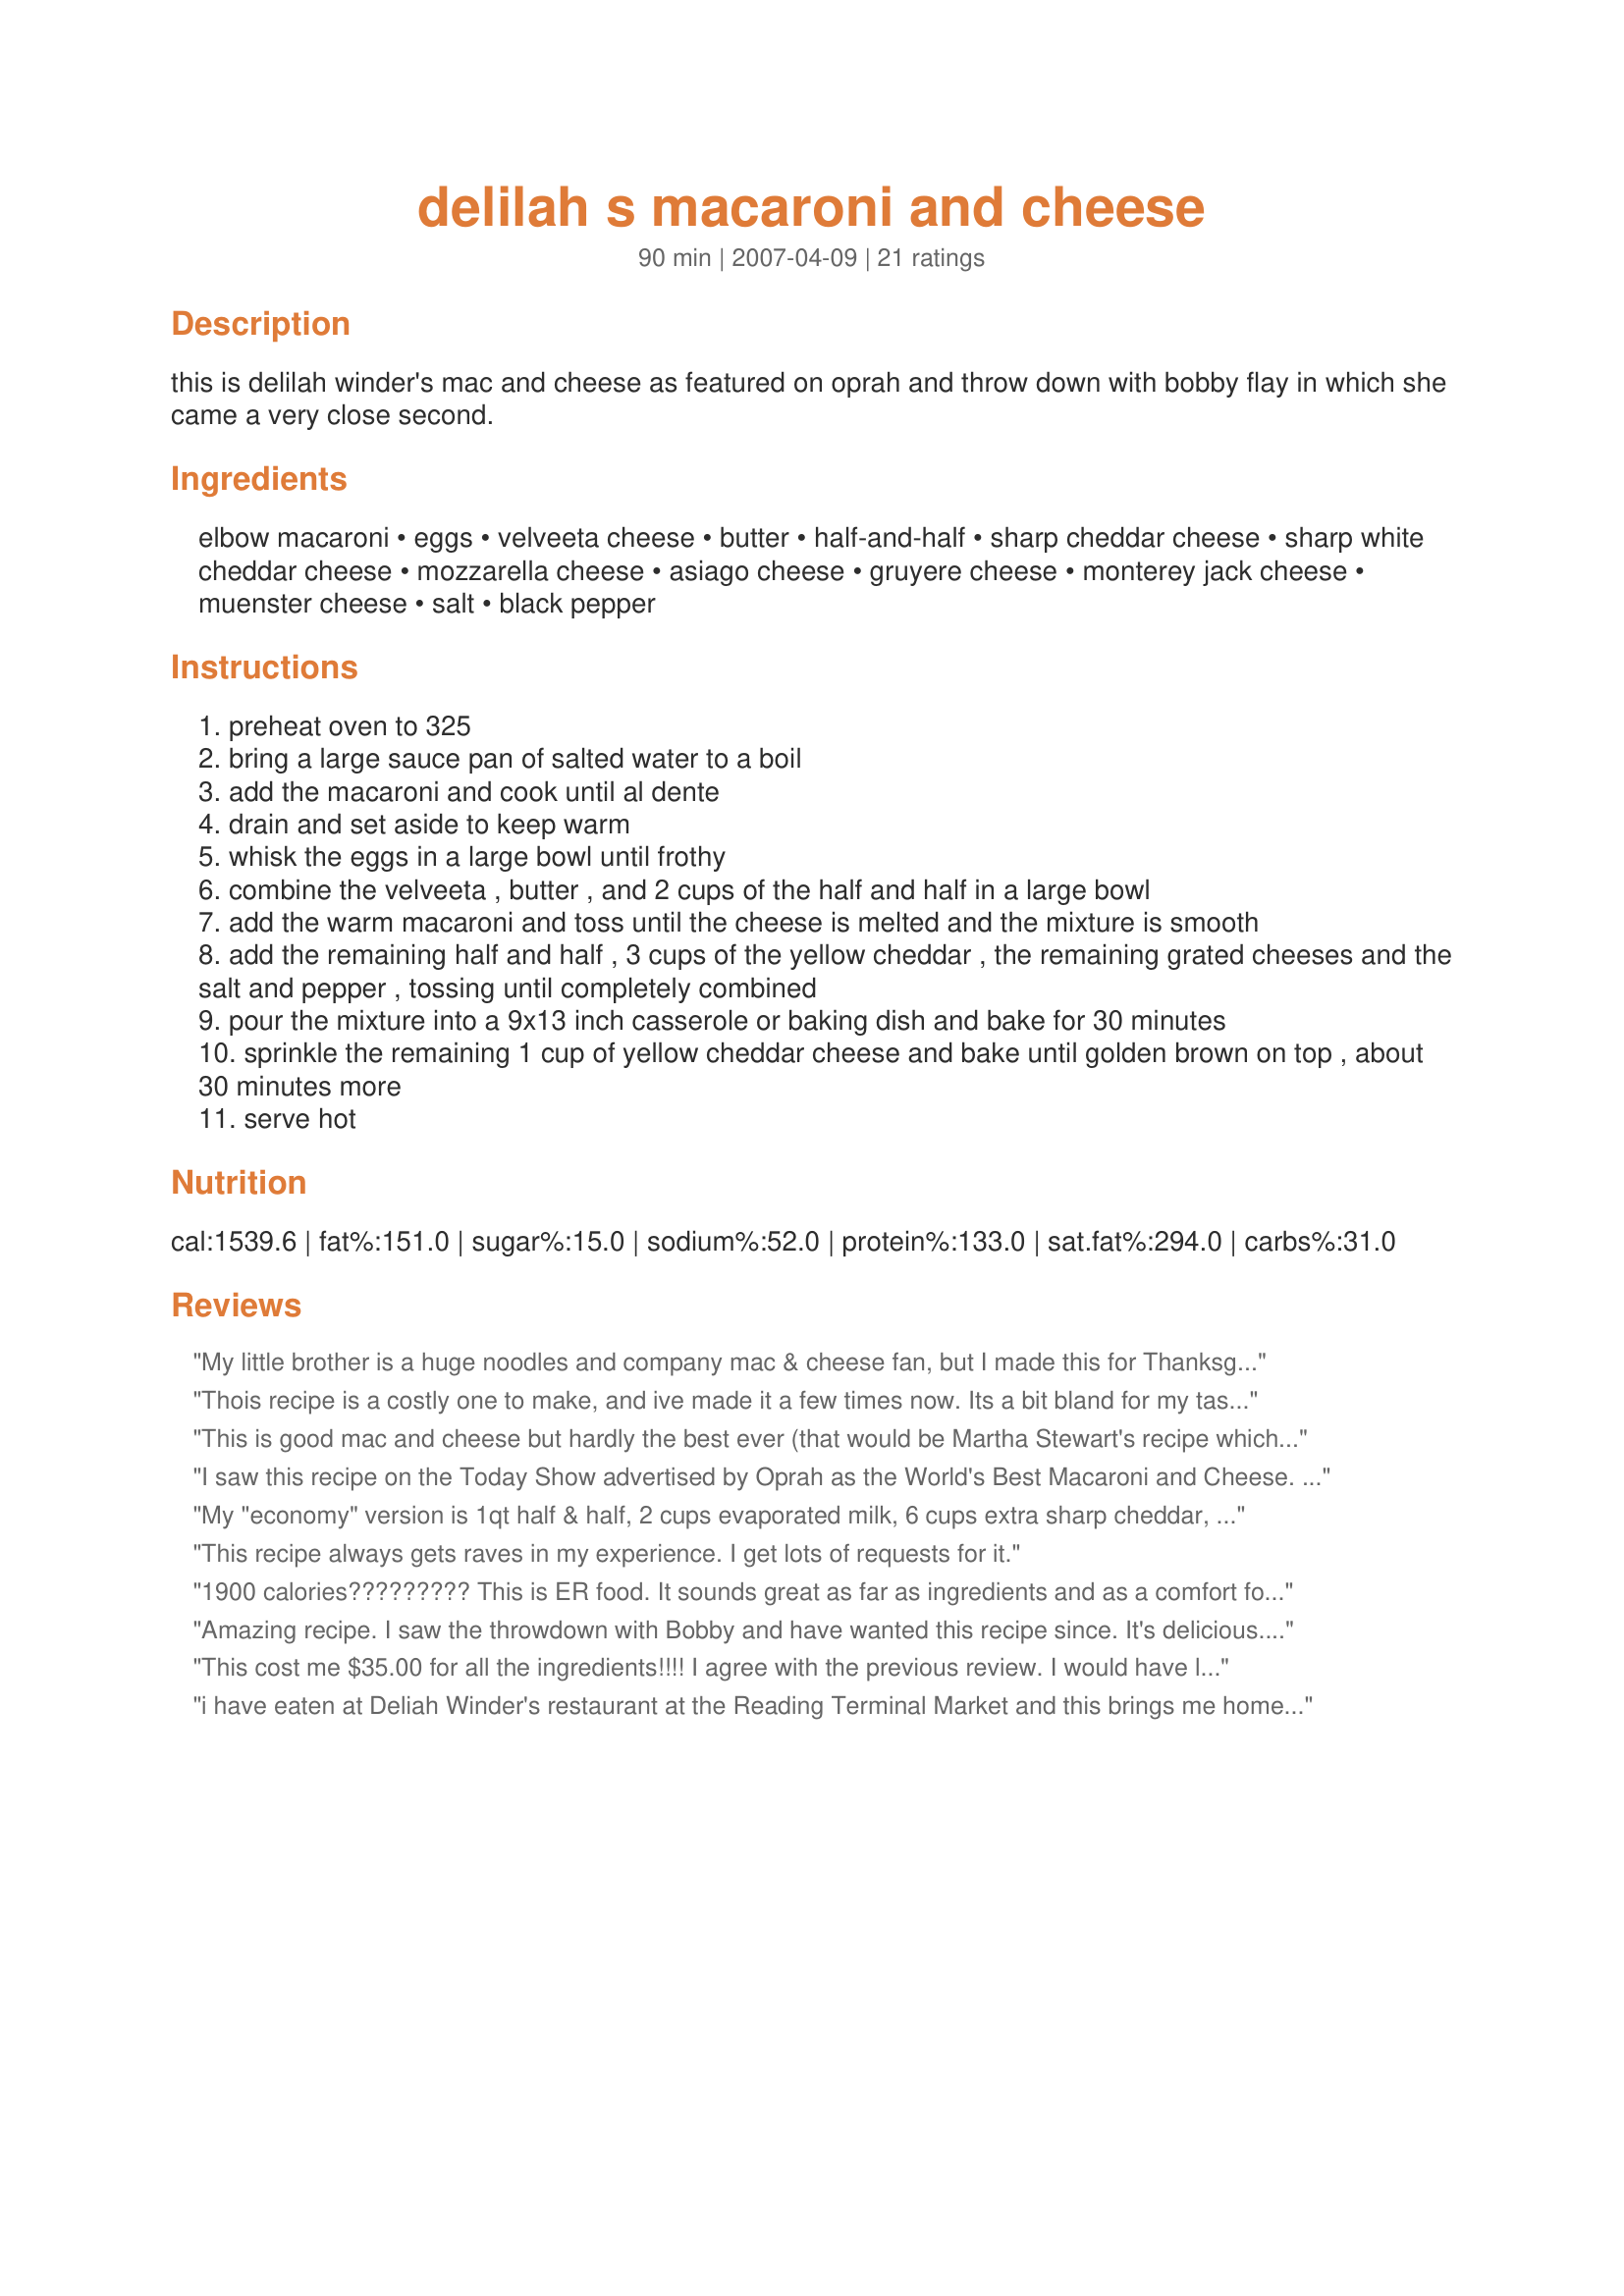
delilah s macaroni and cheese
Preparation time: 90 minutes

this is delilah winder's mac and cheese as featured on oprah and throw down with bobby flay in which she came a very close second.

Ingredients:
elbow macaroni, eggs, velveeta cheese, butter, half-and-half, sharp cheddar cheese, sharp white cheddar cheese, mozzarella cheese, asiago cheese, gruyere cheese, monterey jack cheese, muenster cheese, salt, black pepper

Steps:
preheat oven to 325
bring a large sauce pan of salted water to a boil
add the macaroni and cook until al dente
drain and set aside to keep warm
whisk the eggs in a large bowl until frothy
combine the velveeta , butter , and 2 cups of the half and half in a large bowl
add the warm macaroni and toss until the cheese is melted and the mixture is smooth
add the remaining half and half , 3 cups of the yellow cheddar , the remaining grated cheeses and the salt and pepper , tossing until completely combined
pour the mixture into a 9x13 inch casserole or baking dish and bake for 30 minutes
sprinkle the remaining 1 cup of yellow cheddar cheese and bake until golden brown on top , about 30 minutes more
serve hot

Reviews:
My little brother is a huge noodles and company mac & cheese fan, but I made this for Thanksgiving dinner and he said that noodles and company must step aside cause there is now a better!
Thois recipe is a costly one to make, and ive made it a few times now. Its a bit bland for my tastes. So do yourself a favor and season the heavy cream before adding it to the cheeses. I use salt, crushed black pepper, a pinch of Cayenne and ground mustard. I also boil my pasta in chicken stock for maximum flavor. I actually leave the butter out, it only gives the recipe a greasy feel.
This is good mac and cheese but hardly the best ever (that would be Martha Stewart's recipe which is delicious). I HALVED the recipe and it could easily have fed 6 people. And what chef uses Velveeta????? I won't make this again.
I saw this recipe on the Today Show advertised by Oprah as the World's Best Macaroni and Cheese. Although the recipe had a couple of differences - 4 cups of yellow cheddar (not 3) and add 1 cup of gruyere. Yes, it is expensive, but exceptional. I made it for a group of 12 at Thanksgiving 2006 and it got rave reviews from everyone. All agreed it met expectations of the 'World's Best'.
My "economy" version is 1qt half & half, 2 cups evaporated milk, 6 cups extra sharp cheddar, 6 cups assorted pre-shredded blends (like Italian, Mexican and Colby/jack). Use 6 eggs. Otherwise, follow the recipe.
This recipe always gets raves in my experience. I get lots of requests for it.
1900 calories????????? This is ER food. It sounds great as far as ingredients and as a comfort food, just do not think I could bring myself to consume the carbs, the calories and the fat.
Amazing recipe. I saw the throwdown with Bobby and have wanted this recipe since. It's delicious. Unfortunately, I didn't have ANY of the cheeses in the house and it was quite expensive to buy them all. Oh well... my son doesn't really need to go to college, anyway. :-)
This cost me $35.00 for all the ingredients!!!!
I agree with the previous review. I would have like it creamier and tastier.If I made it again I would leave out some of the eggs(6), I don' think a dozen eggs are necessary. Do without the velvetta and add more cheddar cheese. I have read good reviews on Martha Stewarts' mac & cheese. I think I'll try it.
i have eaten at Deliah Winder's restaurant at the Reading Terminal Market and this brings me home to Philly when I eat it. It is realllly bad for you, creamy and gooey and to make it even worse, pair it with Fried Chicken!! Eat in the lobby of the E.R. it is very very yummy and very very unhealthy.
I used all of her cheeses, but the extra-sharp white cheddar, yellow shard cheeddar, and asiagocheese made it dry! Next time I am going to use creamier cheeses, like 2 cups creamy havarti, 2 cups of whole milk mozzarela, 4 cups velveeta cheese, 1 cup muenster cheese, along with 1 1/2 quarts of milk a quart of half and half and maybe some whipped cream cheese. Then, I believe itwould be alot creamier! Overall, it was good, butnot what I expected.
the recipe is fine,just alter it some.basically just get rid of the velveeta,and get rid of most of the eggs.you'll just need about 4 at the most.also the cheese already has a salty quality so just add maybe a teaspoon,but you can add alot of black peeper if you like. also this is more of a thick casserole like dish then the type of mac n cheese you get from restaurants that has a "saucy" like cheese.....this is completely different obviously.also you can exchange the noodles with sliced up squash for a great squash casserole..
I used to live just blocks from Delilah's southern cuisine stand in Philadelphia. Her mac and cheese is incredible, but very rich, so watch out!! Delilah's mac and cheese was the first entry I included in my food blog at www.3zestylemons.com. I love making it for friends, it's comfort food that garners rave reviews, every time!
Genevieve
www.3zestylemons.com
Tasted more like a cheese souffle than macaroni and cheese. It cost waaaaaayyyy too much money to make, and I found it to be pretty bland. Too bad, because I figured anything with this much cheese in it would have to be good.
This recipe can be tweeked a bit to make it a little better, but I believe the reason why Oprah and others like her enjoyed this macaroni and cheese so much is that it reminds us of homemade mac-n-cheese from back in the day that our mothers, grandmothers, great aunt's etc. used to (and still do) make. We (people of color) have made a version/versions of this recipe for generations and generations. For us it's a reminder of family. And yes, we put eggs in our mac-n-cheese, and yes, a lot do use Velvetta (along with the cheddar). If not Velvetta, some use Cheez Whiz (it all turns out the same). So I guess I'm writing to say that maybe it's a culture thing, and that's why some of you can't fathom how this can turn into anything good, but trust me with some minor alterations (not so many eggs, a little less butter, and a bit more seasoning), for most of us this is a good recipe. One we're willing to try.
 Let me start by saying I've never had mac and cheese with an egg base so maybe this is an aquired taste. The texture was not creamy but like macaroni with custard around it,very strange to me. I also thought that it was very bland without a real cheesy taste,even with all that cheese. I was so excited to find this recipe since I had also seen the show,but I will not be making it again.
Going to make this for Thanksgiving. Saw it on The View. One tip though, while hunting the ingredients I found the muenster cheese at the Deli along with the Gruyere. Since I would have no use for either of these after making this, you can buy them much cheeper if you buy what you need not the prepackaged stuff. I also, messed up and got Extra sharp Yellow cheddar so hoping it turns out good. Crossing fingers, but it looks REALLY REALLY GOOD. Happy Turkey Day
this was okay, not as i preferred it. i made it twice because i thought i did something wrong. the irst time way to creamy, i left out 4 cups o hal and half the second time and it was still not that great, it was good but not great.
When this recipe is prepared as written by Delilah Winder is is very good. I submitted several changes to the recipe posted by yooper, I got the recipe from the Food Network sit and it is great!
Great mac and cheese but be aware that this recipe makes almost 3 9by2 cassaroles. Lots of mac and cheese to go round.
This is a culturally accurate recipe for Mac & Cheese in the African-American community. Grass roots cooking isn't about provenance of ingredients, but the availability of ingredients. Any chef knows that using what's available and creating that dish with love is the true mark of a great cook. Historically these types of ingredients are what were available. I'm no fan of mac & cheese in any derivation, however Delilah's recipe is about as authentic as it get's in our community.
